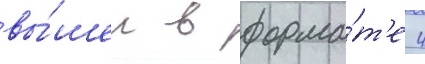
вы́шел в форма́т'е 4